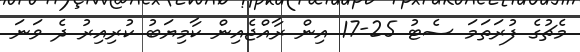
މެޗުގެ ފުރަތަމަ ސެޓު 25-17 އިން ރާއްޖެއިން ކާމިޔަބު ކުރިއިރު ދެ ވަނަ